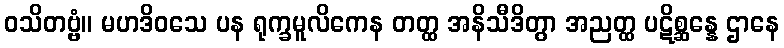
ဝသိတဗ္ဗံ။ မဟဒိဝသေ ပန ရုက္ခမူလိကေန တတ္ထ အနိသီဒိတွာ အညတ္ထ ပဋိစ္ဆန္နေ ဌာနေ